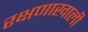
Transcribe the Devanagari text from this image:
रक्षणाखाली